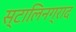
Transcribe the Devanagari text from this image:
स्टालिनग्राद